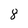
Character: 8